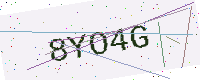
Text: 8YO4G